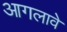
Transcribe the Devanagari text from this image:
आगलावे